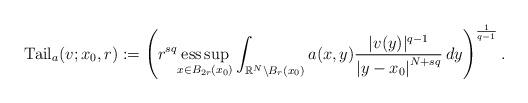
LaTeX: \begin{align*}\operatorname{Tail}_a(v ; x_{0}, r)&:=\left(r^{sq}\underset{x\in B_{2r}(x_0)}{{\rm ess}\sup}\int_{\mathbb{R}^{N} \backslash B_{r}\left(x_{0}\right)}a(x,y) \frac{|v(y)|^{q-1}}{\left|y-x_{0}\right|^{N+s q}}\, d y\right)^{\frac{1}{q-1}}.\end{align*}